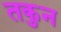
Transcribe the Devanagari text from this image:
तकुन